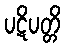
ပဋိပတ္တိ